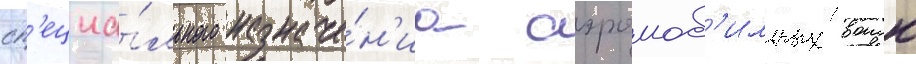
сп'ециа́льного назначе́н'иа аэромоб'ильных воиск